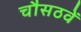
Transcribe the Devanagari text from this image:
चौसठवें